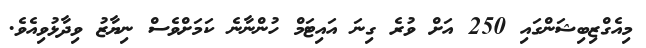
މިއެގްޒިބިޝަންގައި 250 އަށް ވުރެ ގިނަ އައިޓަމް ހުންނާނެ ކަމަށްވެސް ނިޔާޒު ވިދާޅުވިއެވެ.